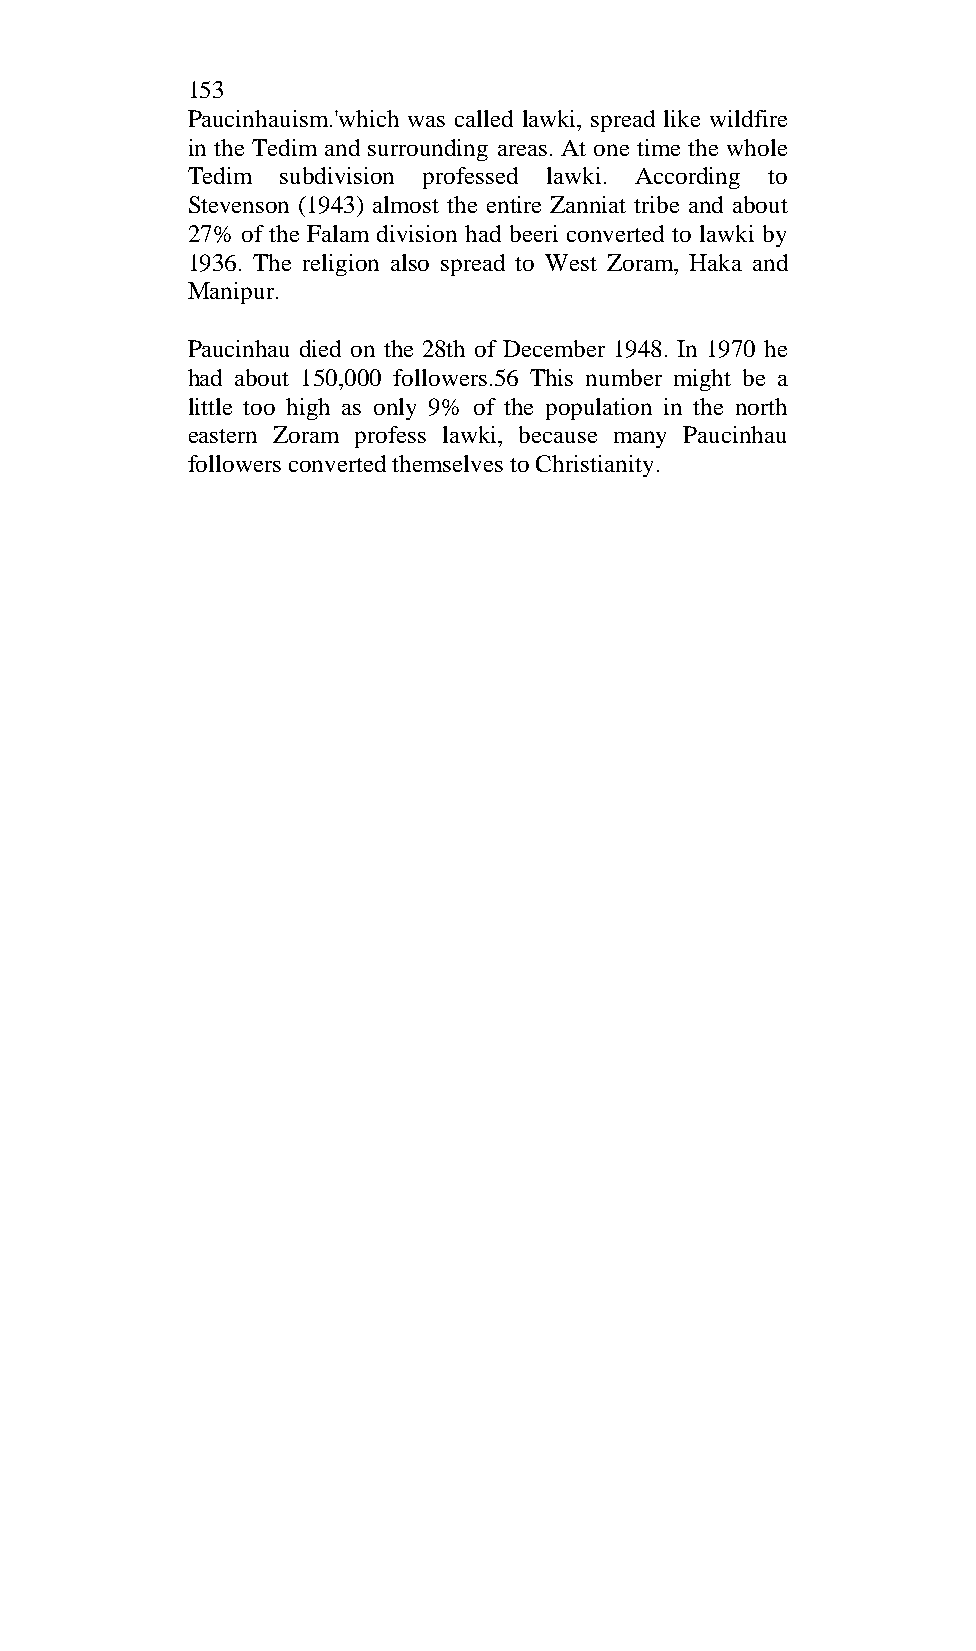
153
 Paucinhauism.'which was called lawki, spread like wildfire
 in the Tedim and surrounding areas. At one time the whole
 Tedim  subdivision professed lawki. According to
 Stevenson (1943) almost the entire Zanniat tribe and about
 27% of the Falam division had beeri converted to lawki by
 1936. The religion also spread to West Zoram, Haka and
 Manipur.
 Paucinhau died on the 28th of December 1948. In 1970 he
 had about 150,000 followers.56 This number might be a
 little too high as only 9% of the population in the north
 eastern Zoram profess lawki, because many Paucinhau
 followers converted themselves to Christianity.